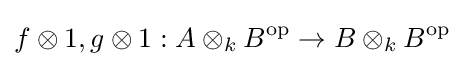
f\otimes 1,g\otimes 1:A\otimes _{k}B^{\text{op}}\to B\otimes _{k}B^{\text{op}}